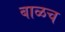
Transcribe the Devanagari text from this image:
बाळच